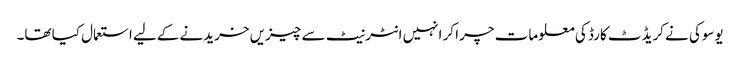
یوسوکی نے کریڈٹ کارڈ کی معلومات چرا کر انہیں انٹرنیٹ سے چیزیں خریدنے کےلیے استعمال کیا تھا۔